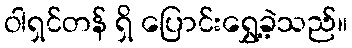
ဝါရှင်တန် ရှိ ပြောင်းရွှေ့ခဲ့သည်။